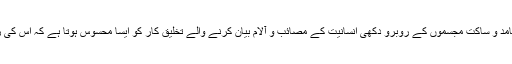
پتھروں ،چٹانوں اور جامد و ساکت مجسموں کے روبرو دکھی انسانیت کے مصائب و آلام بیان کرنے والے تخلیق کار کو ایسا محسوس ہوتا ہے کہ اس کی روح قبض ہو رہی ہے۔